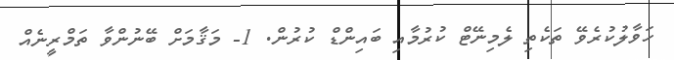
ހަވާލުކުރެވޭ ތަކެތި ލެމިނޭޓް ކުރުމާއި ބައިންޑް ކުރުން. 1- މަޤާމަށް ބޭނުންވާ ތަމްރީނެއް